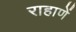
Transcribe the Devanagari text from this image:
राहाणें